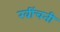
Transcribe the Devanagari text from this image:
खींचनी